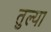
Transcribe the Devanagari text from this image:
तुल्या